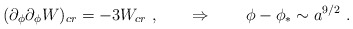
\begin{align*}(\partial_\phi \partial_\phi W)_{cr} = - 3 W_{cr}\ , \qquad \Rightarrow \qquad \phi - \phi_* \sim a^{9/2} \ . \end{align*}